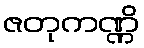
ဇတုကဏ္ဏိ